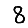
Digit: 8